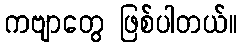
ကဗျာတွေ ဖြစ်ပါတယ်။